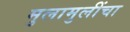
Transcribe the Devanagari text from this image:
मुलामुलींचा